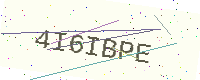
Text: 4I6IBPE